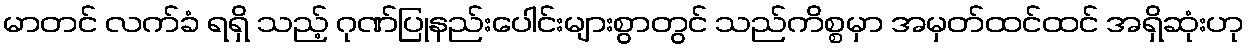
မာတင် လက်ခံ ရရှိ သည့် ဂုဏ်ပြုနည်းပေါင်းများစွာတွင် သည်ကိစ္စမှာ အမှတ်ထင်ထင် အရှိဆုံးဟု